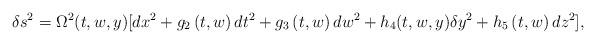
LaTeX: \begin{align*}\delta s^2=\Omega ^2(t,w,y)[dx^2+g_2\left( t,w\right) dt^2+g_3\left(t,w\right) dw^2+h_4(t,w,y)\delta y^2+h_5\left( t,w\right) dz^2],\end{align*}